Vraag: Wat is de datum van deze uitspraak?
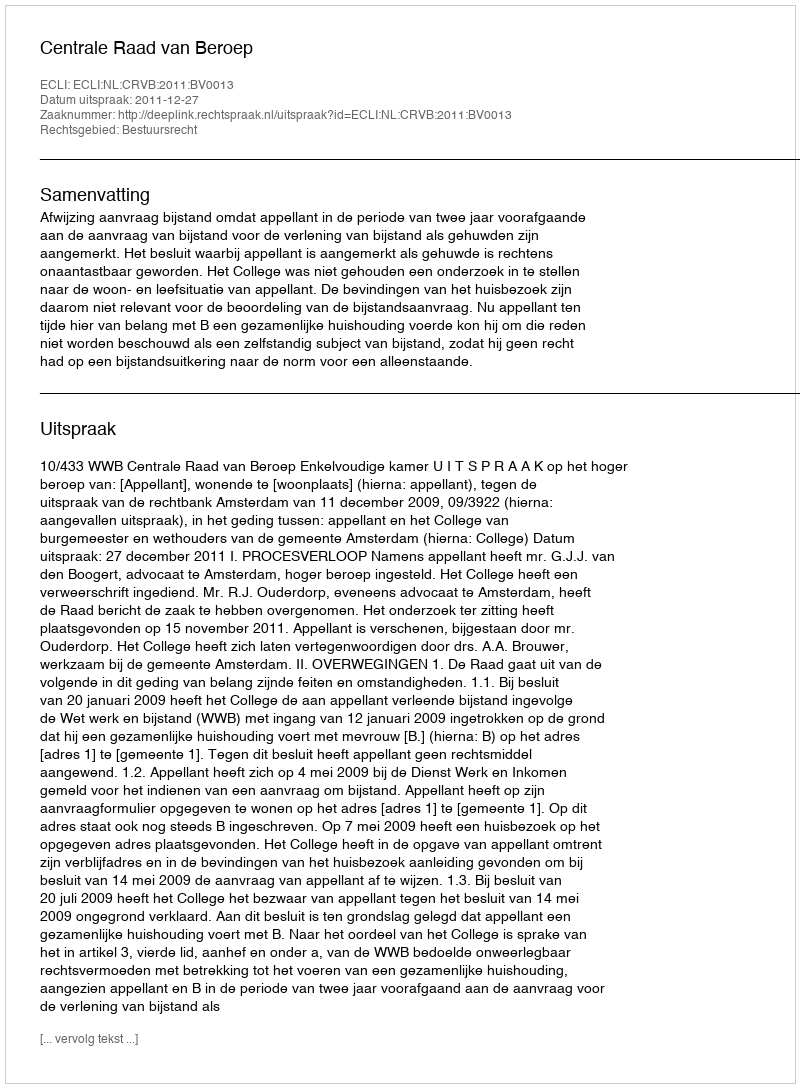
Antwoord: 2011-12-27